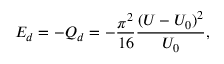
E _ { d } = - Q _ { d } = - \frac { \pi ^ { 2 } } { 1 6 } \frac { ( U - U _ { 0 } ) ^ { 2 } } { U _ { 0 } } ,